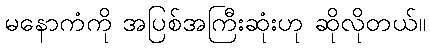
မနောကံကို အပြစ်အကြီးဆုံးဟု ဆိုလိုတယ်။